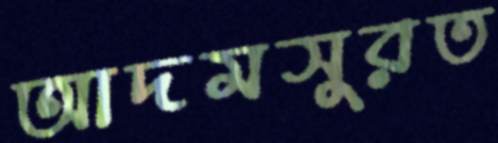
আদমসুরত